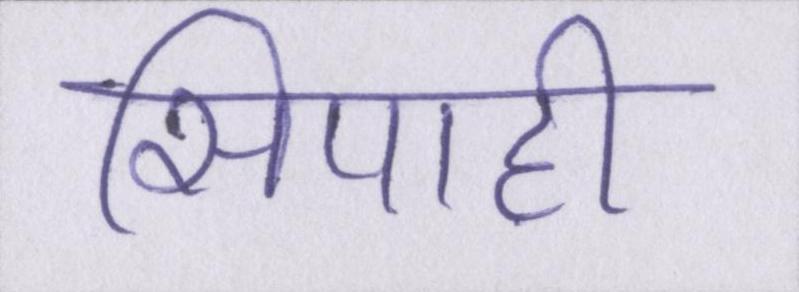
सिपाही